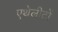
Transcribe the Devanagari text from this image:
एथेलीटों